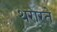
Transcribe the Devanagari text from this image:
थरारते